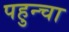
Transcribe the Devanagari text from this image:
पहुन्चा